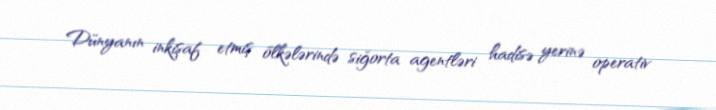
Dünyanın inkişaf etmiş ölkələrində siğorta agentləri hadisə yerinə operativ